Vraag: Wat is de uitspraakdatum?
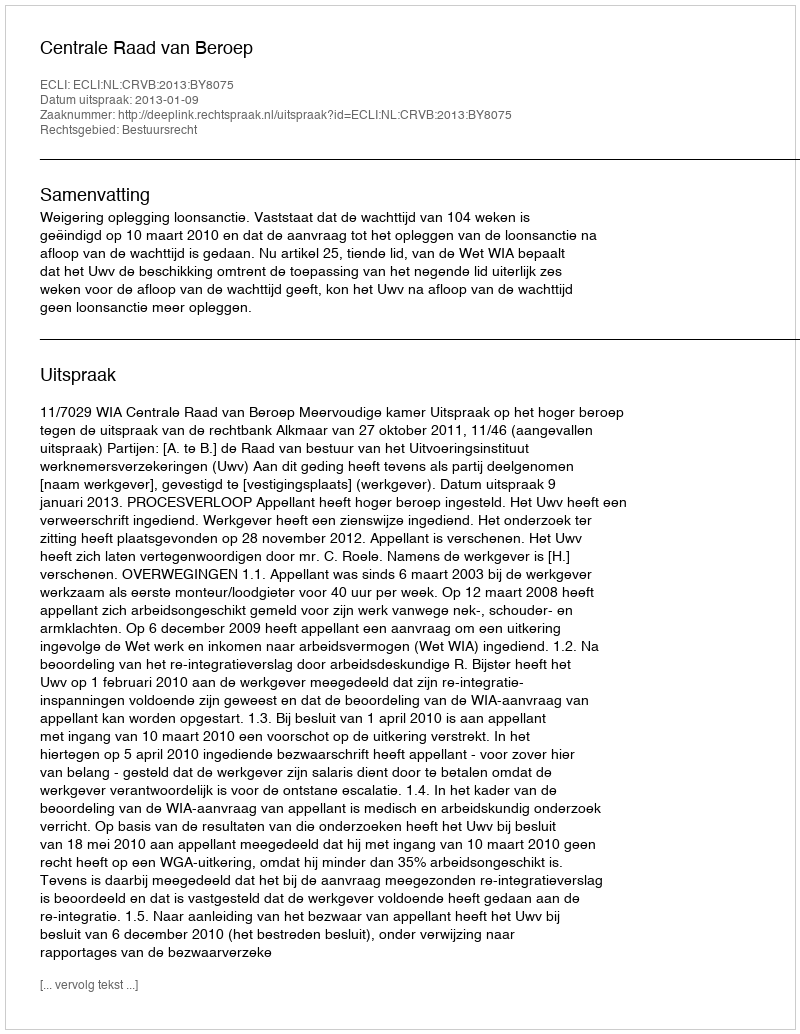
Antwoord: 2013-01-09